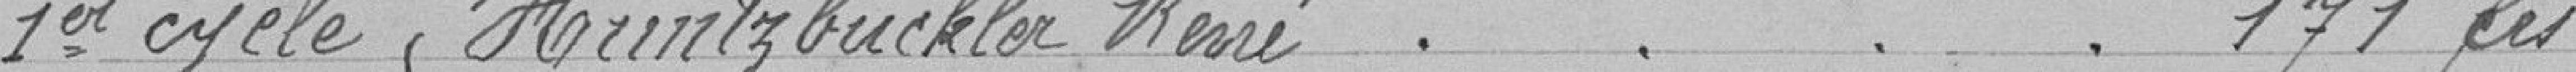
1er cycle HUNTZBUCKLER René         171 francs